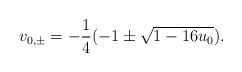
LaTeX: \begin{align*}v_{0,\pm}=-\frac{1}{4}(-1\pm\sqrt{1-16 u_0}).\end{align*}